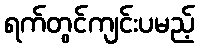
ရက်တွင်ကျင်းပမည့်